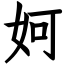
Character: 妸